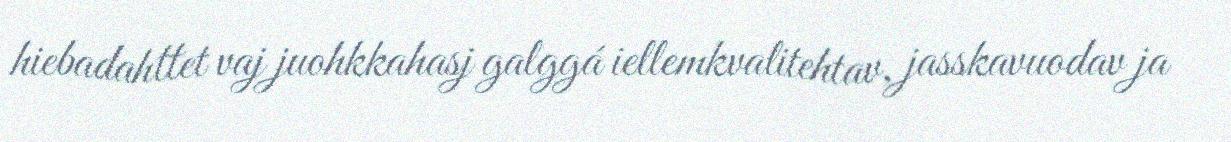
hiebadahttet vaj juohkkahasj galggá iellemkvalitehtav, jasskavuodav ja